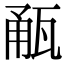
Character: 㼧